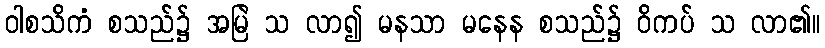
ဝါစသိကံ စသည်၌ အမြဲ သ လာ၍ မနသာ မနေန စသည်၌ ဝိကပ် သ လာ၏။